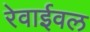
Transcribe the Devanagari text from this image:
रेवाईवल